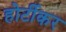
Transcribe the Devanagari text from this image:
होर्टीकर